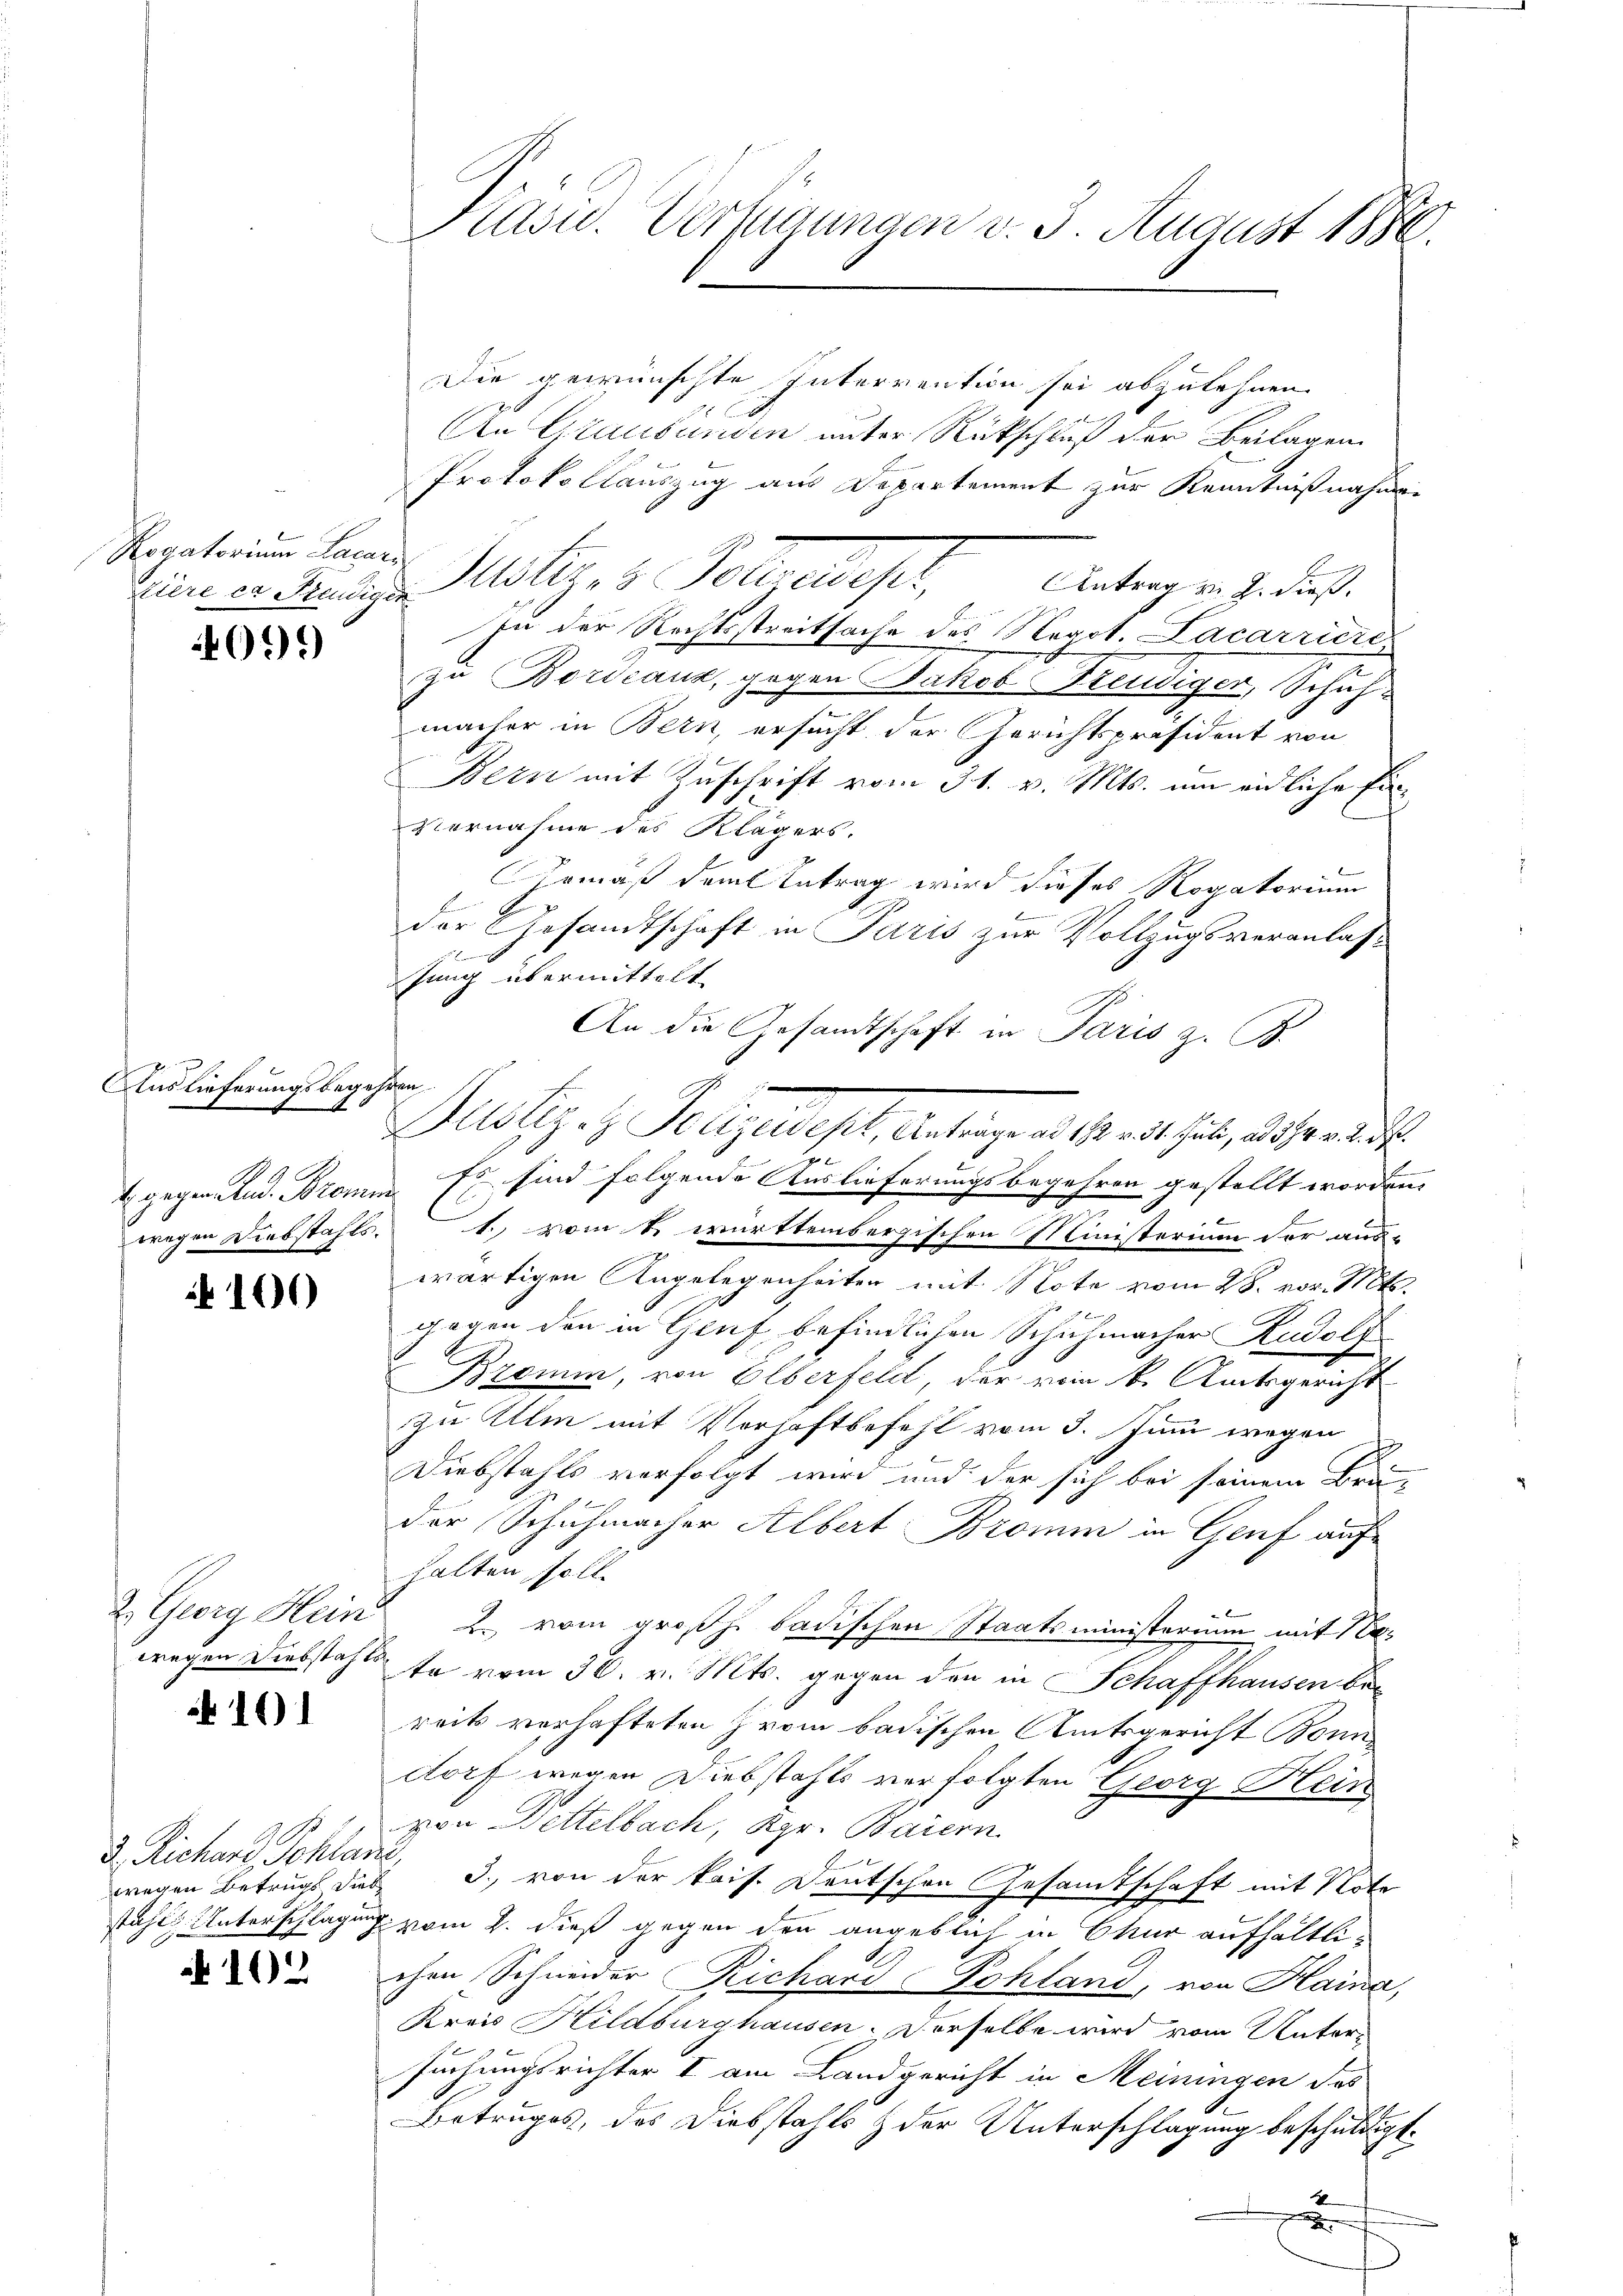
Rogatorium Locarn

409.

g
Auslieferungsbegehren
8

101)

101

d. Richars, Schlani,
wegen Betrugs die

102

Die gewünschte Interrention sei abzulehnen.
An Graubünden unter Rückschluß der Beilagen
Protokollauszug aus Departement zur Kenntnißnahme-
Eier er Kredigen Miliz- & Pollandeser,
Antrag v. J. dieß.
In der Rechtsstreitsache des Negot. Lacarriere
zu Bordeaux, gegen Jakob Freudiger, Schuh-
macher in Bern, ersucht der Gerichtspräsident von
Bern mit Zuschrift vom 31. v. Mts. um eidliche Ein
Vernahme des Klägers.
Ermäß dem Antrag wird dieses Rogatorium
b
der Gesandtschaft in Paris zur Vollzugsveranlasx
sung übermittelt.
An die Gesandtschaft in Paris z. B.
E
2 gegen Rud. Brome Er sind folgende Auslieferungsbegehren gestellt worden.
wegen Diebstahls 1., vom 1. württembergischen Ministerium der aus-
wärtigen Angelegenheiten mit Note vom 28. vor. Mts.
gegen den in Genf befindlichen Schuhmacher Rudolf
Bromm, von Elberfeld, der von k. Amtsgericht
zu Ulm mit Vorhaftbefehl vom 3. Juni wegen
Diebstahls verfolgt wird und der sich bei seinem Brun
der Schuhmacher Albert Bromm in Genf auf
halten soll.
2. Georg Hein 2. vom großh. badischen Staatsministerium mit Na-
wegen Diebstahls sa vom 30. v. Mts. gegen den in Schaffhausen bereits verhafteten Zvoin badischen Amtsgericht Bonn
dorf wegen Diebstahls verfolgten Georg Hein
von Bettelbach, Kgr. Baiern
3., von der kais. Deutschen Gesandtschaft mit Note
auf
stahls Unterschlagung vom 2. dieß gegen den angeblich in Chur aufhältlichen Schneider Richand Pohland, von Haina,
Kreis Hildburghausen. Derselbe wird vom Untersuchungsrichter I am Landgericht in Meiningen des
Betruges, das Diebstahls & der Unterschlagung beschuldigt.
2

Kasu. Verfügungen v. 3. August 1886.

Pilotizen Folgendest, Antrage de seit hat, dass die